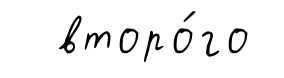
второ́го